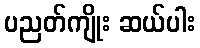
ပညတ်ကျိုး ဆယ်ပါး